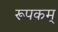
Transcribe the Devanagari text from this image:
रूपकम्